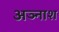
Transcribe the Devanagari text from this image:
अञ्नाश